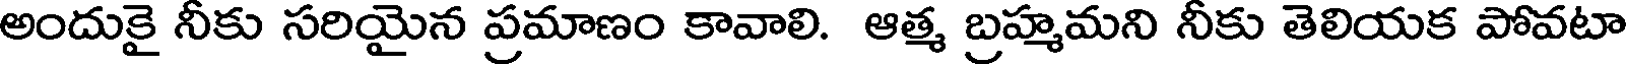
అందుకై నీకు సరియైన ప్రమాణం కావాలి. ఆత్మ బ్రహ్మమని నీకు తెలియక పోవటా